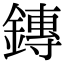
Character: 鏄